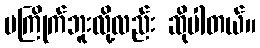
မကြိုက်ဘူးလို့လည်း ဆိုပါတယ်။